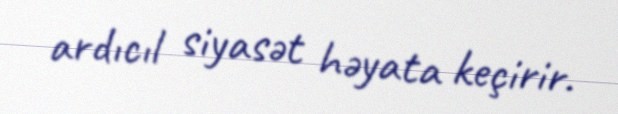
ardıcıl siyasət həyata keçirir.